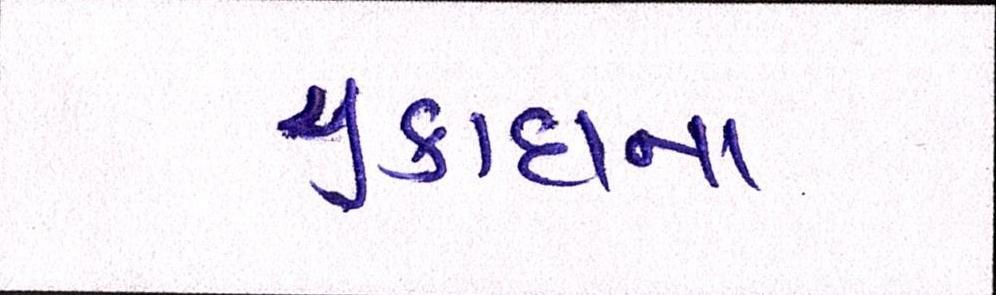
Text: ચુકાદાના